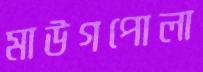
মাউগপোলা